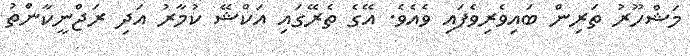
މަޝްހޫރު ތަރިން ބައިވެރިވެފައި ވެއެވެ. އޭގެ ތެރޭގައި އަކްޝޭ ކުމާރު އަދި ރަޖްނީކާންތު